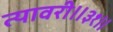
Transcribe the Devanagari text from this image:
त्यावरी॥३१॥